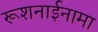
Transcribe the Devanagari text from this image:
रूशनाईनामा